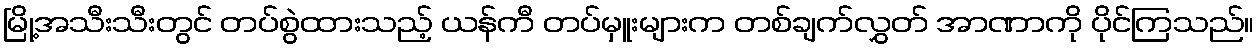
မြို့အသီးသီးတွင် တပ်စွဲထားသည့် ယန်ကီ တပ်မှူးများက တစ်ချက်လွှတ် အာဏာကို ပိုင်ကြသည်။